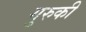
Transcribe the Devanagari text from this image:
गुरुकी